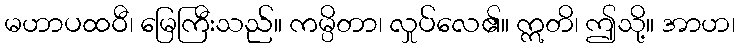
မဟာပထဝီ၊ မြေကြီးသည်။ ကမ္ပိတာ၊ လှုပ်လေ၏။ ဣတိ၊ ဤသို့။ အာဟ၊